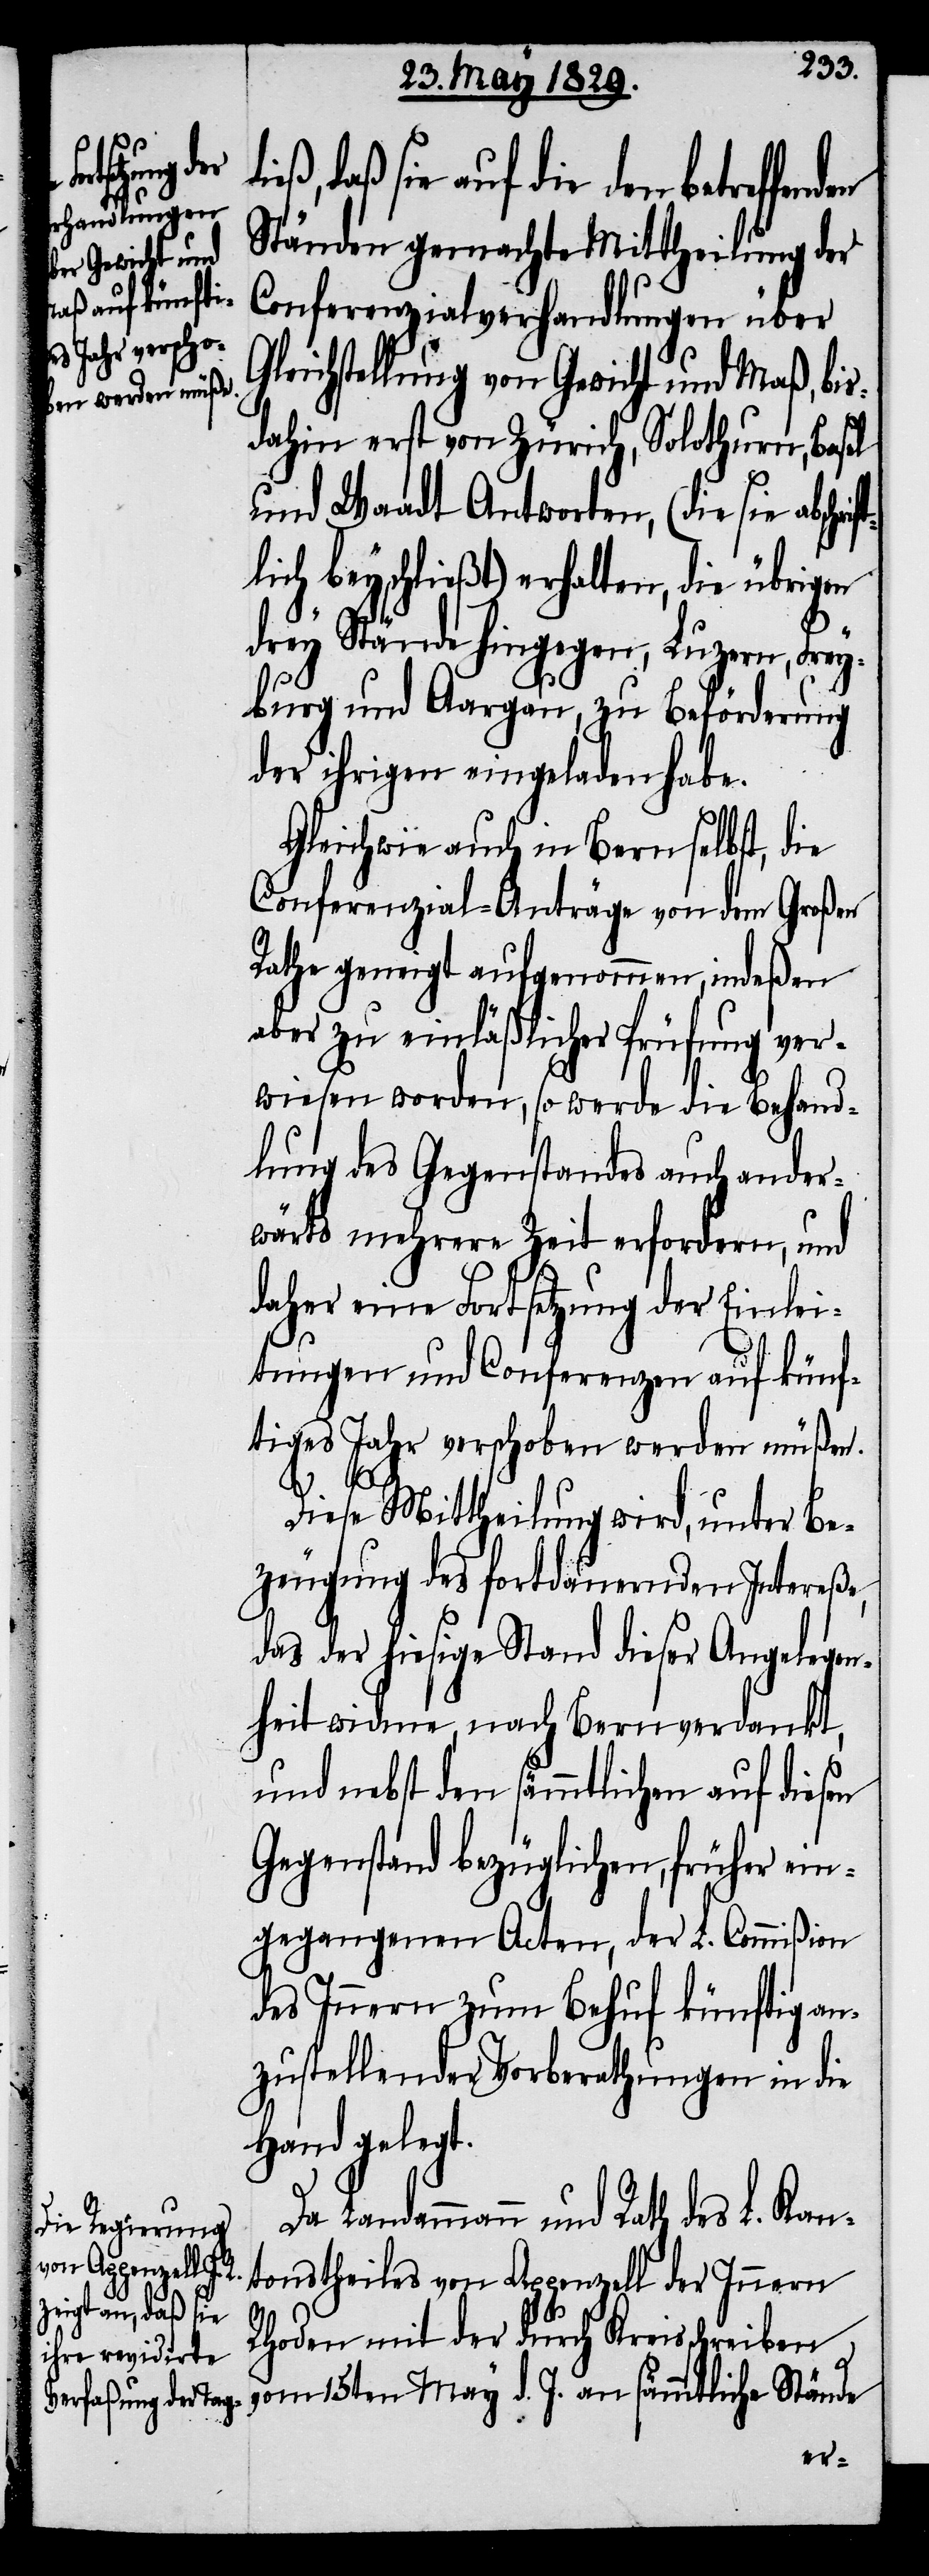
reffenden

daß sie auf die den bet¬
Ständen gemachte Mittheilung der
Conferenzialverhandlungen über
leichstellung von Gewicht und Maß, bis¬
dahin erst von Zürich, Solothurn, Basel
und Waadt Antworten, (die sie abschri¬
lich beyschließt) erhalten, die übrigen
drey Stände hingegen, Luzern, Frey¬
burg und Aargau, zu Beförderung
der ihrigen eingeladen habe.
Gleichwie auch in Bern selbst, die
Conferenzial-Anträge von dem Großen
Rathe geneigt aufgenommen, indeßen
aber zu einläßlicher Prüfung ver¬
wiesen worden, so werde die Behand¬
lung des Gegenstandes auch ander¬
wärts mehrere Zeit erfordern, und
daher eine Fortsetzung der Einlei¬
tungen und Conferenzen auf künf¬
tiges Jahr verschoben werden müßen.
ft¬
Diese Mittheilung wird, unter Be¬
zeugung des fortdauernden Intereße,
das der hiesige Stand diese Angelegen¬
heit widme, nach Bern verdankt,
und nebst den sämmtlichen auf diesen
Gegenstand bezüglichen, früher ein¬
gegangenen Acten, der L. Commißion
des Innern zum Behuf künftig an¬
zustellender Vorberathung in die
Hand gelegt.
Da Landammann und Rath des L. Kan¬
tonstheiles von Appenzell der Innern
G¬
Rhoden mit der durch Kreisschreiben
vom 15ten May d. J. an sämmtliche Stände